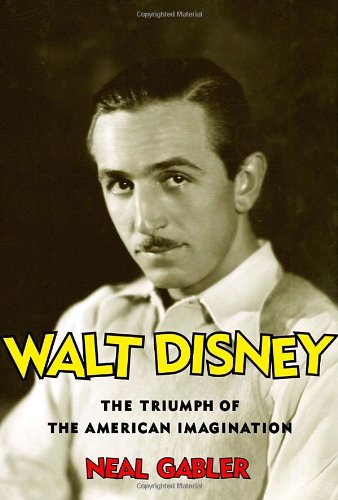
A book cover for Walt Disney: The Triumph of the American Imagination; Neal Gabler; Arts & Photography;